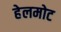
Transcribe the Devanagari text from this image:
हेलमोट